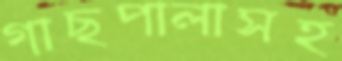
গাছপালাসহ